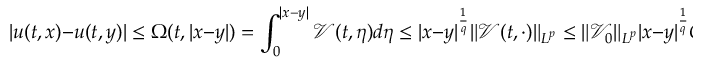
| u ( t , x ) - u ( t , y ) | \leq \Omega ( t , | x - y | ) = \int _ { 0 } ^ { | x - y | } \mathcal { V } ( t , \eta ) d \eta \leq | x - y | ^ { \frac { 1 } { q } } \| \mathcal { V } ( t , \cdot ) \| _ { L ^ { p } } \leq \| \mathcal { V } _ { 0 } \| _ { L ^ { p } } | x - y | ^ { \frac { 1 } { q } } G ^ { \lambda - \frac { 1 } { p } } ( 0 , t ) ,